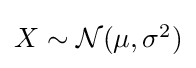
{\textstyle X\sim {\mathcal {N}}(\mu ,\sigma ^{2})}